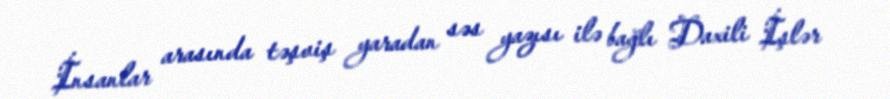
İnsanlar arasında təşviş yaradan səs yazısı ilə bağlı Daxili İşlər